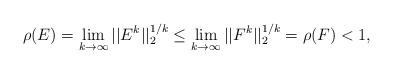
LaTeX: \begin{align*}\rho(E) = \lim_{k\to\infty} ||E^k||_2^{1/k}\le \lim_{k\to\infty} ||F^k||_2^{1/k} = \rho(F) < 1,\end{align*}